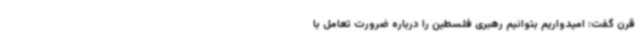
قرن گفت: امیدواریم بتوانیم رهبری فلسطین را درباره ضرورت تعامل با